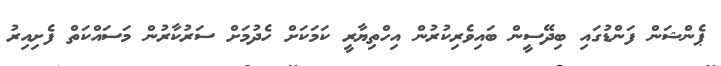
ޕެންޝަން ފަންޑުގައި ބިދޭސީން ބައިވެރިކުރުން އިހްތިޔާރީ ކަމަކަށް ހެދުމަށް ސަރުކާރުން މަސައްކަތް ފެށިއިރު